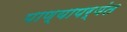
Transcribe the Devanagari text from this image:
पाण्यापर्यंत